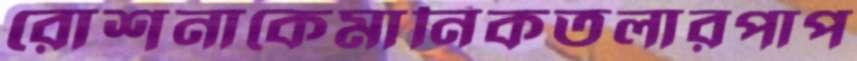
রোশনাকেমানিকতলারপাপ